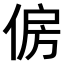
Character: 𠉱